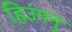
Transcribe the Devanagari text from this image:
हिउंगनु